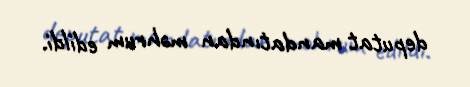
deputat mandatından məhrum edildi.